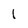
Character: 1